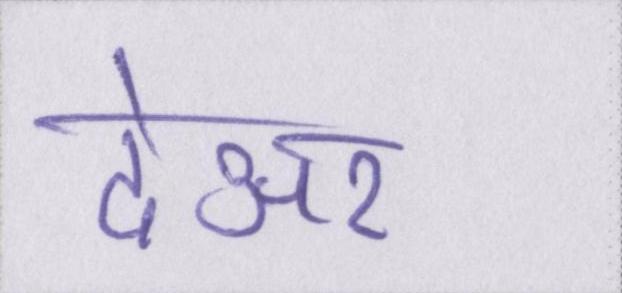
देअर